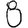
Digit: 8